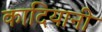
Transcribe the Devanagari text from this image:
कादियानी